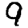
Digit: 9